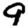
Digit: 9